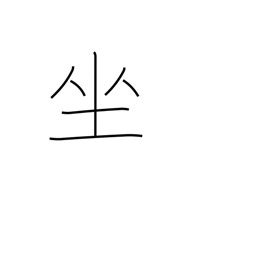
Meaning: sit